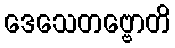
ဒေသေတဗ္ဗောတိ